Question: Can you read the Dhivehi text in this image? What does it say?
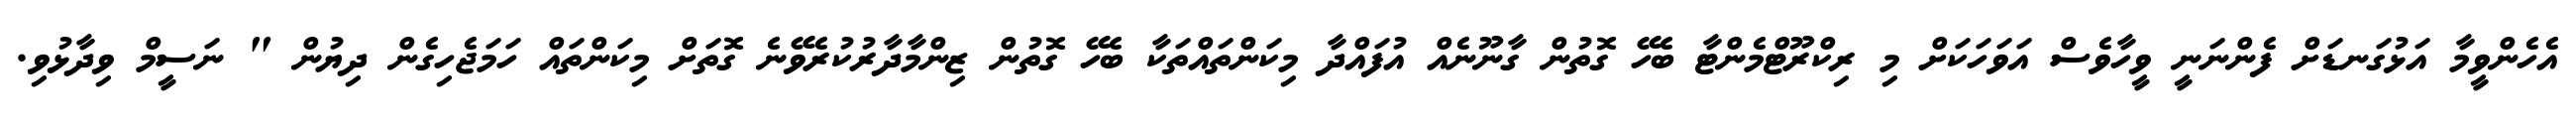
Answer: އެހެންވީމާ އަޅުގަނޑަށް ފެންނަނީ ވީހާވެސް އަވަހަކަށް މި ރިކްރޫޓްމެންޓާ ބެހޭ ގޮތުން ގާނޫނެއް އުފައްދާ މިކަންތައްތަކާ ބެހޭ ގޮތުން ޒިންމާދާރުކުރެވޭނެ ގޮތަށް މިކަންތައް ހަމަޖެހިގެން ދިޔުން " ނަސީމް ވިދާޅުވި.